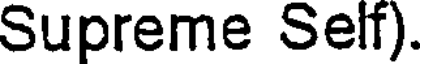
Supreme Self).